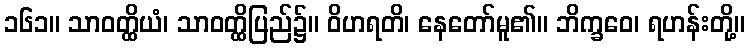
၁၆၁။ သာဝတ္ထိယံ၊ သာဝတ္ထိပြည်၌။ ဝိဟရတိ၊ နေတော်မူ၏။ ဘိက္ခဝေ၊ ရဟန်းတို့။